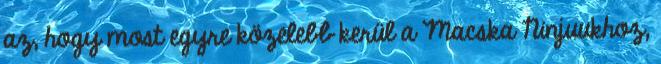
az, hogy most egyre közelebb kerül a Macska Ninjuukhoz,